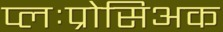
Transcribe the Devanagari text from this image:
प्लःप्रोसिअक